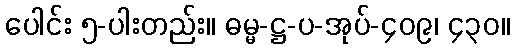
ပေါင်း ၅-ပါးတည်း။ ဓမ္မ-ဋ္ဌ-ပ-အုပ်-၄၀၉၊ ၄၃၀။